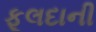
ફૂલદાની